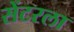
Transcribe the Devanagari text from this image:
सेंटरला